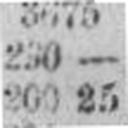
200 25